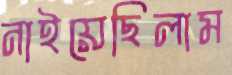
নাইয়েছিলাম